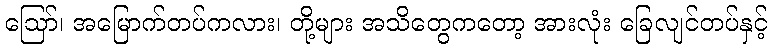
ဩော်၊ အမြောက်တပ်ကလား၊ တို့များ အသိတွေကတော့ အားလုံး ခြေလျင်တပ်နှင့်